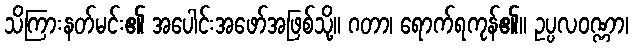
သိကြားနတ်မင်း၏ အပေါင်းအဖော်အဖြစ်သို့။ ဂတာ၊ ရောက်ရကုန်၏။ ဥပ္ပလဝဏ္ဏာ၊